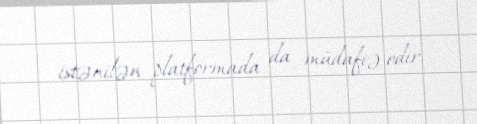
istənilən platformada da müdafiə edir.